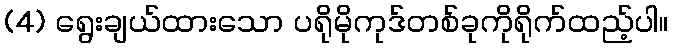
(4) ရွေးချယ်ထားသော ပရိုမိုကုဒ်တစ်ခုကိုရိုက်ထည့်ပါ။